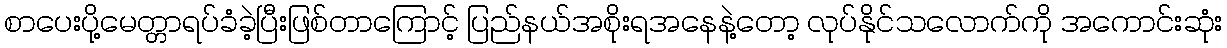
စာပေးပို့မေတ္တာရပ်ခံခဲ့ပြီးဖြစ်တာကြောင့် ပြည်နယ်အစိုးရအနေနဲ့တော့ လုပ်နိုင်သလောက်ကို အကောင်းဆုံး